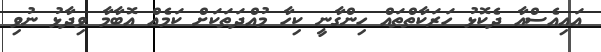
އައިއެސްއާ ދެކޮޅު ހަރަކާތްތައް ހިންގާނީ ކިހާ މުއްދަތަކަށް ކަމެއް އޮބާމާ ވިދާޅު ނުވި